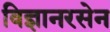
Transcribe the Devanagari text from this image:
विज्ञानरसेन